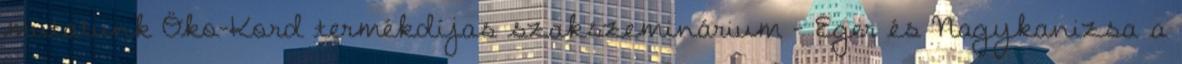
mutatunk Öko-Kord termékdíjas szakszeminárium - Eger és Nagykanizsa a